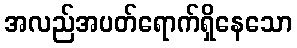
အလည်အပတ်ရောက်ရှိနေသော